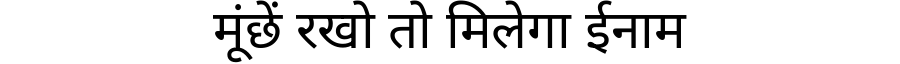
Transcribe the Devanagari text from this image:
मूंछें रखो तो मिलेगा ईनाम